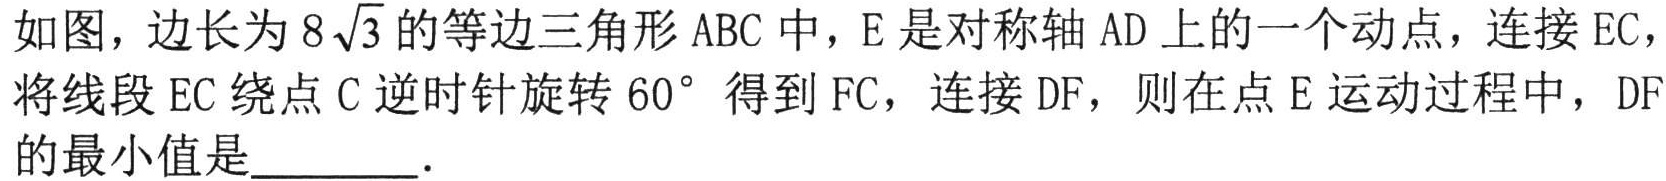
如图，边长为\(8\sqrt{3}\)的等边三角形\(ABC\)中，\(E\)是对称轴\(AD\)上的一个动点，连接\(EC\)，将线段\(EC\)绕点\(C\)逆时针旋转\(60^{\circ}\)得到\(FC\)，连接\(DF\)，则在点\(E\)运动过程中，\(DF\)的最小值是  ．